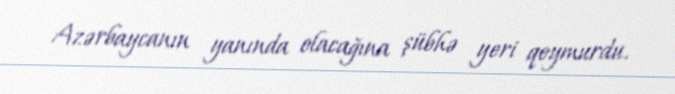
Azərbaycanın yanında olacağına şübhə yeri qoymurdu.